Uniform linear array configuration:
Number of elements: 12
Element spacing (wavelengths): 1
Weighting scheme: hann
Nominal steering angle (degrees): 15
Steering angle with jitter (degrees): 14.25
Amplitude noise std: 0.05
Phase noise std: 0.05

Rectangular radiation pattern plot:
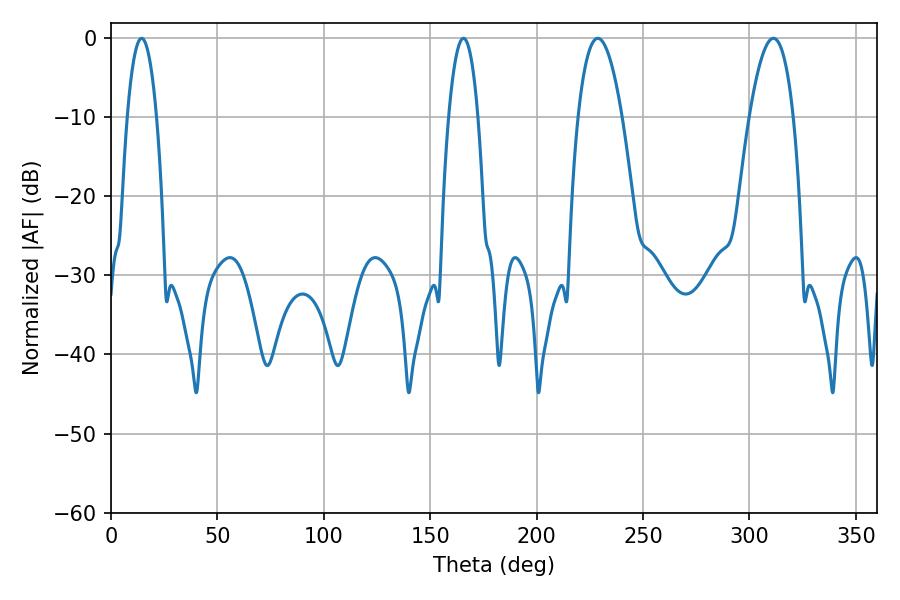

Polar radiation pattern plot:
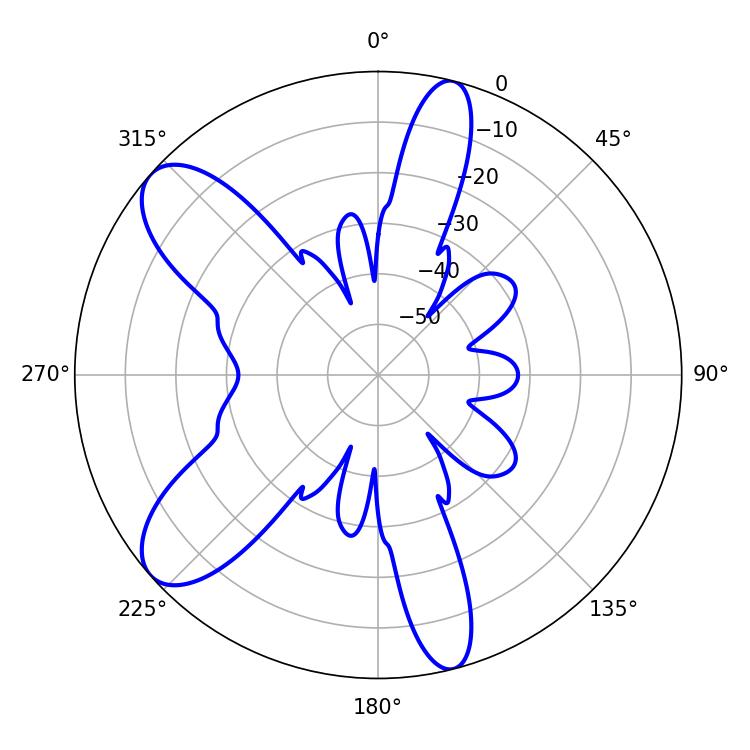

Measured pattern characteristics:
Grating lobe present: TRUE
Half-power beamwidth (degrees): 7.56
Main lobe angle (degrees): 14.4